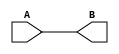
module test(A, B);
input A;
output B;
assign B=A;//dataflow level
endmodule

module Test_tb;
reg A;//input of test bench
wire B;//output of test bench
test T1(A, B);//instantiate(call)
initial
begin
A = 1'b1;//1 bit number of 1
$monitor("Time=%0t A=%b, B=%b", $time, A, B);
#5 A=1'b0;//1 bit number of 0
#5 A=1'b1;//1 bit number of 1
end
endmodule